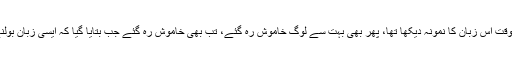
آپ نے گوری لنکیش کے قتل کے وقت اس زبان کا نمونہ دیکھا تھا، پھر بھی بہت سے لوگ خاموش رہ گئے، تب بھی خاموش رہ گئے جب بتایا گیا کہ ایسی زبان بولنے والوں کو وزیر فالو کر رہے ہیں۔